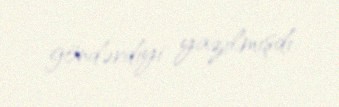
göndərdiyi yazılmışdı.